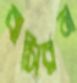
বাসিরন